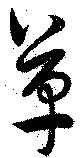
草